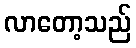
လာတော့သည်